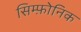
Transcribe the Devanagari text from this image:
सिम्फ़ोनिक